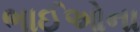
ભાઈઓના